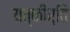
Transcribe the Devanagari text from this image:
यत्कीर्ति